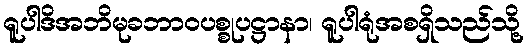
ရူပါဒိအဘိမုခဘာဝပစ္စုပဋ္ဌာနာ၊ ရူပါရုံအစရှိသည်သို့